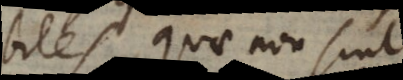
biles, quae non sint